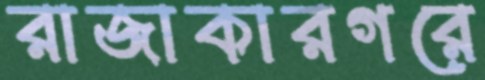
রাজাকারগরে